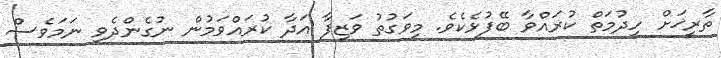
ތާރީޚަށް ހިދުމަތް ކުރައްވާ ބޭފުޅެކެވެ. މިވަގުތު ވަޒިފާ އަދާ ކުރައްވަމުން ނުގެންދެވި ނަމަވެސް